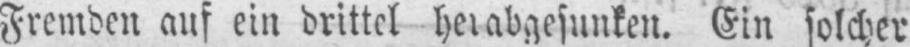
Fremden auf ein drittel herabgesunken. Ein solcher